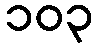
၁၀၃